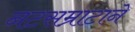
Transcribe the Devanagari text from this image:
नटसम्राटाने